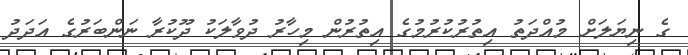
ގެ ނިޔަލަށް މުއްދަތު އިތުރުކުރުމުގެ އިތުރުން މިހާރު ދުވާލަކު ދޫކުރާ ނަންބަރުގެ އަދަދު